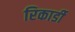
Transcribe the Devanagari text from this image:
रिकार्डी